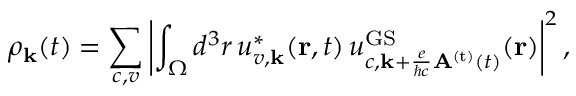
\rho _ { \bf { k } } ( t ) = \sum _ { c , v } \left| \int _ { \Omega } d ^ { 3 } r \, u _ { v , { \bf k } } ^ { \ast } ( { \bf r } , t ) \, u _ { c , { \bf k } + \frac { e } { \hbar c } { \bf A } ^ { \mathrm { ( t ) } } ( t ) } ^ { \mathrm { G S } } ( { \bf r } ) \right| ^ { 2 } ,